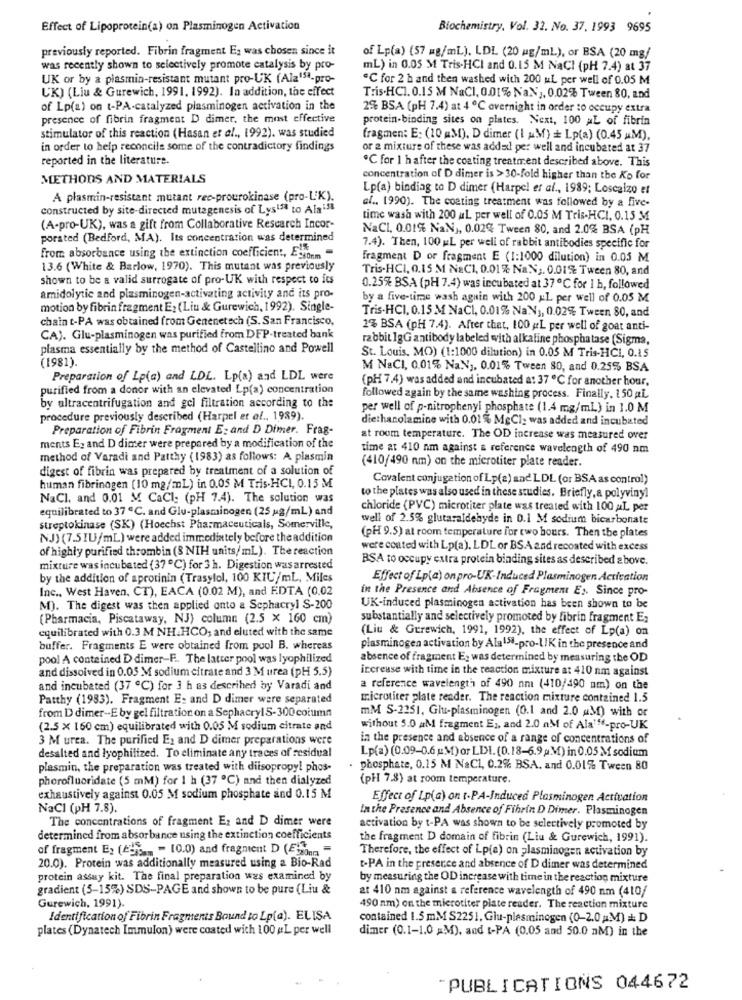
Effect of Lipoprotein(a) on Plasminogen Activation
Biochemistry, Vol. 32. No. 37. 1993 9695
previously reported. Fibrin fragment E; was chosen since it
of Lp(a) (57 =g/mL). LDL (20 mg/ml), or BSA (20 mg/
was recently shown to selectively promote catalysis by pro-
mL) in 0.05 M Tris-HCI and 0.15 M NaCI (pH 7.4) at 37
UK or by a plasmin-resistant mutant pro-UK (Alz15ª-pro-
"C for 2 h and then washed with 200 uL per well of 0.05 M
UK) (Liu & Gurewich, 1991, 1992). In addition, the effect
Tris.HC1. 0.15 M NaCl, 0.01% NaNg, 0.02% Tween 80, and
of Lp(a) on t-PA-catalyzed plasminogen activation in the
2% BSA (pH 7.4) at 4 ℃ overnight in order to occupy extra
presence of fibrin fragment D dimer, the most effective
protein-binding sites on plates. Next, 100 AL of fibrin
stimulator of this reaction (Hasan et al ., 1992). was studied
fragmen: E: (10 mM), D dimer (I AM) = Lp(a) (0.45 AM),
in order to help reconcile some of the contradictory findings
or a mixture of these was added per well and incubated at 37
reported in the literature.
"℃ for 1 h after the coating treatment described above. This
METHODS AND MATERIALS
concentration of D dimer is > 30-fold higher than the Ko for
Lp(a) binding to D dimer (Harpel et al ., 1989; Loscalzo et
A plasmin-resistant mutant rec-prourokinase (pro-L'K).
af .. 1990). The coating treatment was followed by a five-
constructed by site-directed mutagenesis of Lyst38 to Ala:38
time wash with 200 uL per well of 0.05 M Tris-HCI, 0.15 M
(A-pro-UK), was a gift from Collaborative Research Incor-
NaCl, 0.01%% NaN), 0.02% Tween 80, and 2.0% BSA (pH
porated (Bedford, MA). Its concentration was determined
7.4). Then, 100 ML per well of rabbit antibodies specific for
from absorbance using the extinction coefficient, Estorm "
Fragment D or fragment E (1:1000 dilution) in 0.05 M
13.6 (White & Barlow, 1970). This mutant was previously
Tris.HCI, 0.15 M NaCl, 0.01% NaN ;. 0.01% Tween 80, and
shown to be a valid surrogate of pro-UK with respect to its
0.25% BSA (pH 7.4) was incubated at 37℃ for 1 h, followed
amidolytic and plasminogen-activating activity and its pro-
by a five-time wash again with 200 x1. per well of 0.05 M.
motion by fibrin fragment E2 (Liu & Gurewich, 1992). Single-
chain t-PA was obtained from Genenetech (S. San Francisco,
Tris-HCI, 0.15 M NaCl, 0.01% NaN3, 0.02% Tween. 80, and
2% BSA (pH 7.4). After that, 100 gL per well of goat anti-
CA). Glu-plasminogen was purified from DFP-treated bank
rabbit 1gG antibody labeled with alkaline phosphatase (Sigma,
plasma essentially by the method of Castellino and Powell
(1981).
St. Louis, MO) (1:1000 dilution) in 0.05 M Tris-HCI, 0.15
M NaCI, 0.01% Na.NJ, 0.01% Tween 80, and 0.25% BSA
Preparation of Lp(a) and LDL. Lp(a) and LDL were
(PH 7,4) was added and incubated a: 37 ℃ for another hour,
purified from a donor with an elevated Lp(a) concentration
by altracentrifugation and gel filtration according to the
followed again by the same washing process. Finally, 150 AL.
per well of p-nitrophenyl phosphate (1.4 mg/ml) in 1.0 M
procedure previously described (Harpel et al ., 1989).
diethanolamine with 0.01 % MgCl: was added and incubated
Preparation of Fibrin Fragment E: and D Dimer. Frag-
at room temperature. The OD increase was measured over
ments E. and D dimer were prepared by a modification of the
time at 410 nm against & reference wavelength of 490 nm
method of Varadi and Patthy (1983) as follows: A plasmin
digest of fibrin was prepared by treatment of a solution of
(410/490 nm) on the microtiter plate reader.
Covalent conjugation of Lp(a) and LDL (or BSA as control)
human fibrinogen (10 mg/mL) in 0.05 M Tris.HCI, 0.15 M
NaCl, and 0.01 M CaCl: (pH 7.4). The solution was
to the plates was also used in these studies. Briefly, a polyvinyl
equilibrated to 37 ℃. and Glu-plasminogen (25 g/mL) and
chloride (PVC) microtiter plate was treated with 100 aL per
well of 2.5% glutaraldehyde in 0.1 M sodium bicarbonate
streptokinase (SK) (Hoechst Pharmaceuticals, Somerville,
NJ) (7.5IU/mL) were added immediately before the addition
(PH 9.5) at room temperature for two hours. Then the plates
of highly purified thrombin (8 NIH units/mL). The reaction
were coated with Lp(a). LDL or BSA and recoated with excess
RSA to occupy extra protein binding sites as described above.
mixture was incubated (37 ℃) for 3 h. Digestion was arrested
by the addition of aprotinin (Trasylol, 100 KIU/mL, Miles
Effect of Lp(a) on pro-UK-Induced Plasminogen Activation
Inc ., West Haven, CT), EACA (0.02 M), and EDTA (0.02
in the Presence and Absence of Fragment Es. Since pro-
M). The digest was then applied onto a Sephacryl S-200
UK-induced plasminogen activation has been shown to be
(Pharmacia, Piscataway, NJ) column (2.5 × 160 cm)
substantially and selectively promoted by fibrin fragment E;
equilibrated with 0.3 M NH.HCO; and eluted with the same
(Liu & Gerewich, 1991, 1992), the effect of Lp(a) on
buffer. Fragments E were obtained from pool B. whereas
plasminogen activation by Ala158-pro-LIK in the presence and
pool A contained D dimer-F .. The latter pool was lyophilized
absence of fragment E: was determined by measuring the OD
increase with time in the reaction mixture at 410 nm against
and dissolved in 0.05 M sodium citrate and 3 M urea (PH 5.5)
and incubated (37 ℃) for 3 h as described by Varadi and
a reference wavelength of 490 nm (410/490 nm) on the
Patthy (1983). Fragment E: and D dimer were separated
microtiter plate reader. The reaction mixture contained 1.5
from D dimer -- E by gel filtration on a Sephacryl5-300 column
mM S-2251, Glu-plasminogen (0.1 and 2.0 &M) with or
(2.5 x 160 cm) equilibrated with 0.05 M sodium citrate and
without 5.0 aM fragment E1, and 2.0 aM of Ala'"-pro-UK
3 M urea. The purified Ex and D dimer preparations were
in the presence and absence of a range of concentrations of
Lp(a) (0.09-0.6 &M) or LDI. (0.18-6.9p.M) in 0.05 M sodium
desalted and lyophilized. To eliminate any traces of residual
plasmin, the preparation was treated with diisopropyl phos-
phosphate, 0.15 M NaCl, 0.2% BSA. and 0.01% Tween 80
phorofluoridate (5 mM) for 1 h (37 ℃) and then dialyzed
(pH 7.8) at room temperature.
exhaustively against 0.05 M sodium phosphate and 0.15 M
Effect of Lp(a) on t-PA-Induced Plasminogen Activation
NaCl (pH 7.8).
In the Presence and Absence of Fibrin D Dimer. Plasminogen
The concentrations of fragment Ez and D dimer were
activation by t-PA was shown to be selectively promoted by
determined from absor bance using the extinction coefficients
the fragment D domain of fibrin (Liu & Gurewich, 1991).
of fragment E: (Egg .. - 10.0) and fragment D (Egzon
Therefore, the effect of Lp(a) on plasminogen activation by
20.0). Protein was additionally measured using a Bio-Rad
t-PA in the presence and absence of D dimer was determined
protein assay kit. The final preparation was examined by
by measuring the OD increase with time in the reaction mixture
gradient (5-15%) SDS-PAGE and shown to be pure (Liu &
at 410 nm against a reference wavelength of 490 nm (410/
Gurewich, 1991).
490 nm) on the microtiter plate reader. The reaction mixture
Identification of Fibrin Fragments Bound to Lp(a). ELISA
contained 1.5 mM S2251, Glu-plesminegen (0-2.0 M) = D
plates (Dynatech Immulon) were coated with 100 gL per well
dimer (0.1-1.0 M), and t-PA (0.05 and 50.0 nM) in the
"PUBLICATIONS 044672